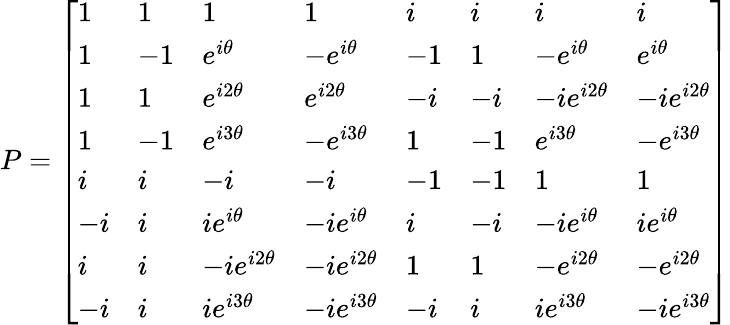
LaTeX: P=\left[\begin{array}{llllllll}{1}&{1}&{1}&{1}&{i}&{i}&{i}&{i}\\ {1}&{-1}&{e^{i\theta}}&{-e^{i\theta}}&{-1}&{1}&{-e^{i\theta}}&{e^{i\theta}}\\ {1}&{1}&{e^{i2\theta}}&{e^{i2\theta}}&{-i}&{-i}&{-ie^{i2\theta}}&{-ie^{i2\theta}}\\ {1}&{-1}&{e^{i3\theta}}&{-e^{i3\theta}}&{1}&{-1}&{e^{i3\theta}}&{-e^{i3\theta}}\\ {i}&{i}&{-i}&{-i}&{-1}&{-1}&{1}&{1}\\ {-i}&{i}&{ie^{i\theta}}&{-ie^{i\theta}}&{i}&{-i}&{-ie^{i\theta}}&{ie^{i\theta}}\\ {i}&{i}&{-ie^{i2\theta}}&{-ie^{i2\theta}}&{1}&{1}&{-e^{i2\theta}}&{-e^{i2\theta}}\\ {-i}&{i}&{ie^{i3\theta}}&{-ie^{i3\theta}}&{-i}&{i}&{ie^{i3\theta}}&{-ie^{i3\theta}}\end{array}\right]